Report on the working of the Ranchi Indian Mental Hospital, Kanke, in Bihar and Orissa - 1930-1940
Year: 1930
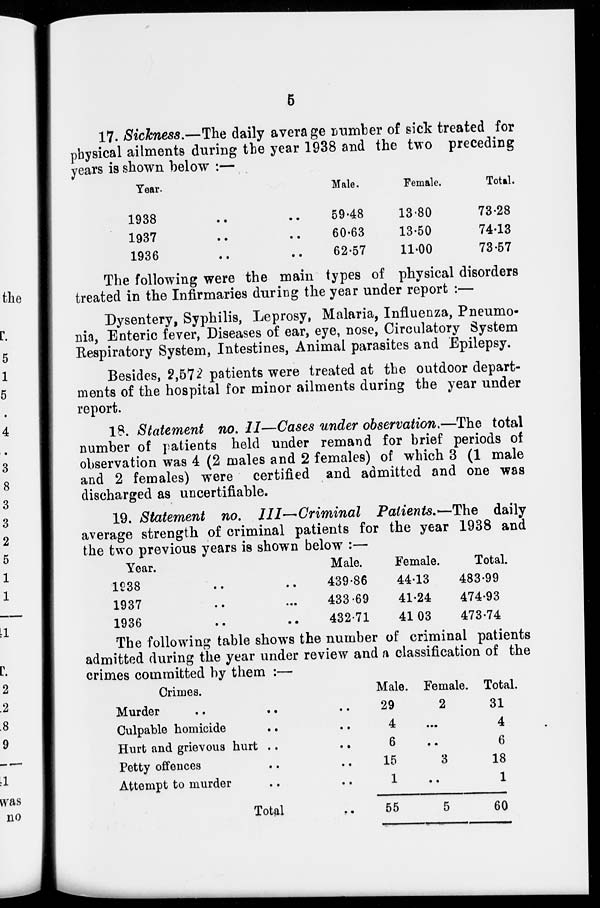
5
17. Sickness.—The daily average number of sick treated for
physical ailments during the year 1938 and the two preceding
years is shown below :—
Tear.
1938 .. ..
1937 .. ..
1936 .. ..
Male.
59.48
60.63
62.57
Female.
13.80
13.50
11.00
Total.
73.28
74.13
73.57
The following were the main types of physical disorders
treated in the Infirmaries during the year under report :—
Dysentery, Syphilis, Leprosy, Malaria, Influenza, Pneumo-
nia, Enteric fever, Diseases of ear, eye, nose, Circulatory System
Respiratory System, Intestines, Animal parasites and Epilepsy.
Besides, 2,572 patients were treated at the outdoor depart-
ments of the hospital for minor ailments during the year under
report.
18. Statement no. II—Cases under observation.—The total
number of patients held under remand for brief periods of
observation was 4 (2 males and 2 females) of which 3 (1 male
and 2 females) were certified and admitted and one was
discharged as uncertifiable.
19. Statement no. III—Criminal
Patients.—The
daily
average strength of criminal patients for the year 1938 and
the two previous years is shown below :—
Year.
1938
..
..
1937
..
...
1936 .. ..
Male.
439.86
433.69
432.71
Female.
44.13
41.24
41.03
Total.
483.99
474.93
473.74
The following table shows the number of criminal patients
admitted during the year under review and a classification of the
crimes committed by them :—
Crimes.
Murder .. .. ..
Culpable homicide .. ..
Hurt and grievous hurt .. ..
Petty offences .. ..
Attempt to murder .. ..
Total ..
Male.
29
4
6
15
1
55
Female.
2
...
..
3
..
5
Total.
31
4
6
18
1
60